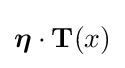
{\boldsymbol {\eta }}\cdot \mathbf {T} (x)